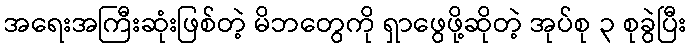
အရေးအကြီးဆုံးဖြစ်တဲ့ မိဘတွေကို ရှာဖွေဖို့ဆိုတဲ့ အုပ်စု ၃ စုခွဲပြီး